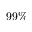
9 9 \%